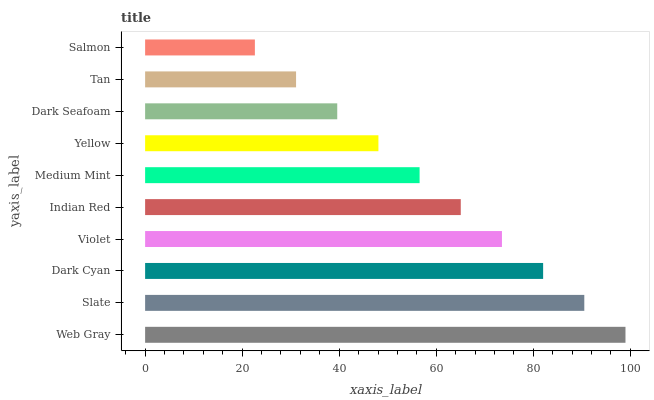
| yaxis_label | bars |
 | --- | --- |
 | Web Gray | 99 |
 | Slate | 90.5 |
 | Dark Cyan | 82 |
 | Violet | 73.5 |
 | Indian Red | 65.1 |
 | Medium Mint | 56.6 |
 | Yellow | 48.1 |
 | Dark Seafoam | 39.6 |
 | Tan | 31.1 |
 | Salmon | 22.6 |